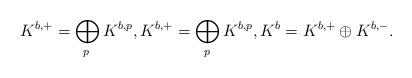
LaTeX: \begin{align*}K^{b,+}=\bigoplus_{p\,}K^{b,p},K^{b,+}=\bigoplus_{p\,}K^{b,p},K^b=K^{b,+}\oplus K^{b,-}.\end{align*}